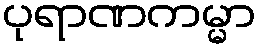
ပုရာဏကမ္မာ